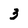
Character: 3